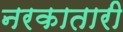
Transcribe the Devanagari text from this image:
नरकातारी